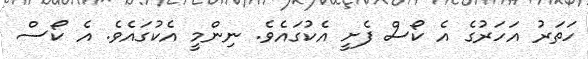
ހަތަރު އަހަރުގެ އެ ކޯސް ފެށީ އެކުގައެވެ. ނިންމީ އެކުގައެވެ. އެ ކޯސް